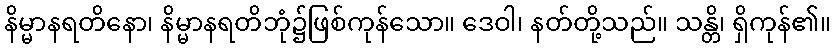
နိမ္မာနရတိနော၊ နိမ္မာနရတိဘုံ၌ဖြစ်ကုန်သော။ ဒေဝါ၊ နတ်တို့သည်။ သန္တိ၊ ရှိကုန်၏။